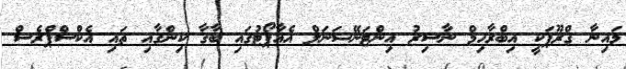
މައިނާ ގްރޫޕަކީ އިބްރާހިމް ނާސިރު އިންޓަނޭޝަނަލް އެއާޕޯޓުގައި ބާގާ ކިންގާއި ތައި އެކްސްޕްރެސް